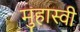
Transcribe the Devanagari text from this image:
मुहास्वी